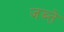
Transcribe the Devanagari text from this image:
जब्ते